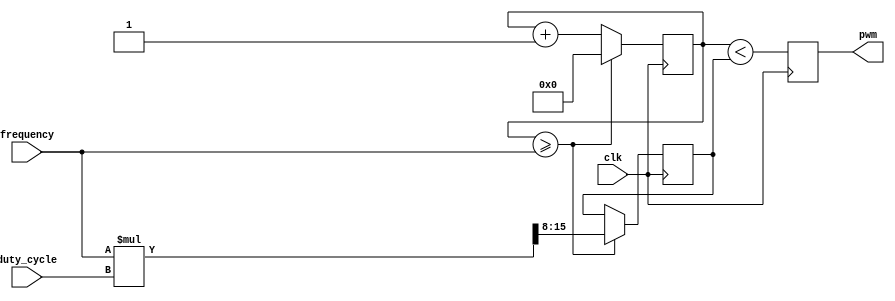
module timing_control(
    input wire clk,
    input wire [7:0] duty_cycle,
    input wire [15:0] frequency,
    output reg pwm
    );
    
    reg [15:0] count;
    reg [7:0] threshold;
    
    always @(posedge clk) begin
        count <= count + 1;
        if (count >= frequency) begin
            count <= 0;
            threshold <= (frequency * duty_cycle) >> 8; // duty_cycle is 8-bit value
        end 
        pwm <= (count < threshold);
    end
endmodule